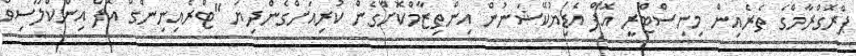
ޕްރޮގްރާމްގެ ތެރެއިން މިނިސްޓްރީ އޮފް އެޑިޔުކޭޝަނުން އިންތިޒާމްކޮށްގެން ކުރިއަށްގެންދިޔަ "ޓްރެއިނިންގްް އޮފް އިންކްލޫސިވް